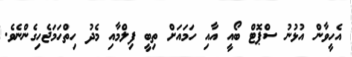
އެހީވާން އުޅުނު ސްޕޮޓް ބޯއީ އާއި ހަމައަށް ތިބީ ފިލްމާއި މެދު ހިތްހަމަޖެހިގެންނެވެ.